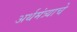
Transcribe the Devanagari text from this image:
अर्थमंत्र्याचे